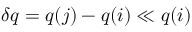
\delta q = q ( j ) - q ( i ) \ll q ( i )